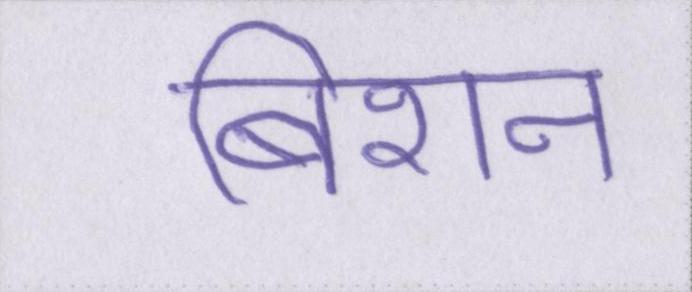
बिशन